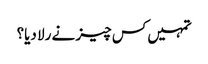
تمہیں کس چیز نے رلا دیا؟